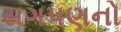
સગપણનો